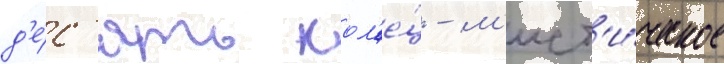
д'е́с'ять кол'е́ц - м'ист'и́ческое